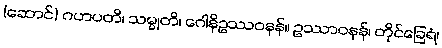
(ဆောင်) ဂဟပတိ၊ သမ္မုတိ၊ ဂေါနိဥဿဝနန်။ ဥဿာဝနန်၊ တိုင်ခြေရံ၊